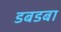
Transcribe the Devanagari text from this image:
डबडबा